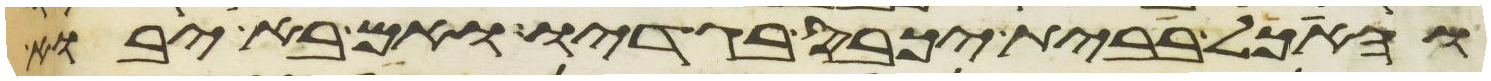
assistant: והאכל בבית יכבס בגדיו ואם בא יבוא